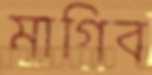
মাগিব